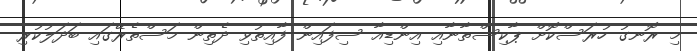
މި ރޮނގު ހުރަސްކޮށް ޕާކިސްތާނާއި އިންޑިއާ ސިފައިން ފާއިތުވި ދެތިން މަސްތެރޭގައި ބަދަލުކުރި